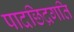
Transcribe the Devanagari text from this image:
पादछिद्रगति